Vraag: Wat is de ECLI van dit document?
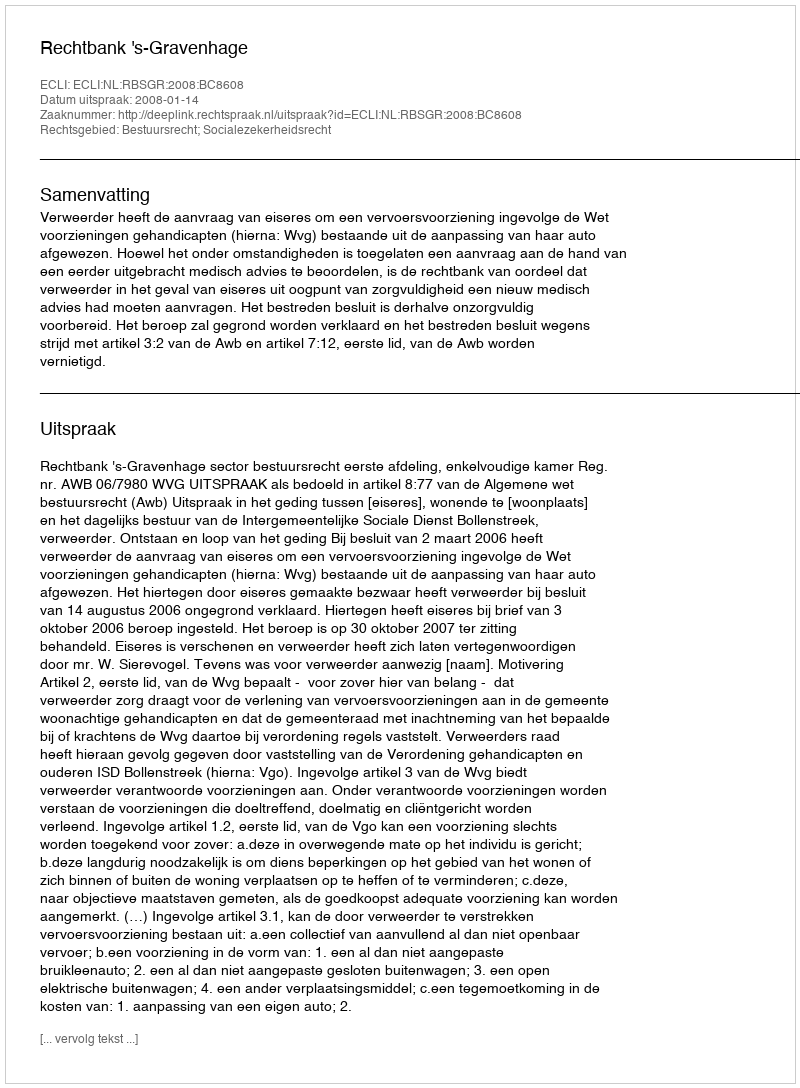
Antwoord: ECLI:NL:RBSGR:2008:BC8608